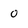
Character: 0